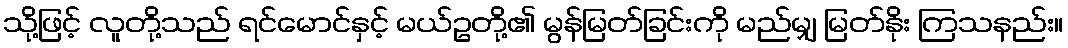
သို့ဖြင့် လူတို့သည် ရင်မောင်နှင့် မယ်ဥတို့၏ မွန်မြတ်ခြင်းကို မည်မျှ မြတ်နိုး ကြသနည်း။